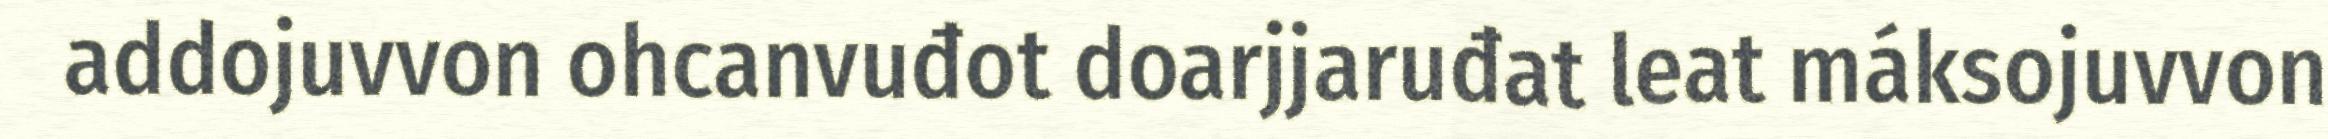
addojuvvon ohcanvuđot doarjjaruđat leat máksojuvvon